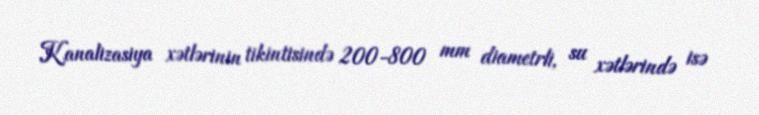
Kanalizasiya xətlərinin tikintisində 200-800 mm diametrli, su xətlərində isə